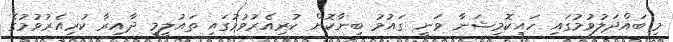
މި ބައްދަލުވުމުގައި ހައިކޮމިޝަނާ ވަނީ ގައުމު ބިނާކޮށް ކުރިއެރުވުމުގައި ތައުލީމީ ދާއިރާ ކުރިއެރުވުމުގެ